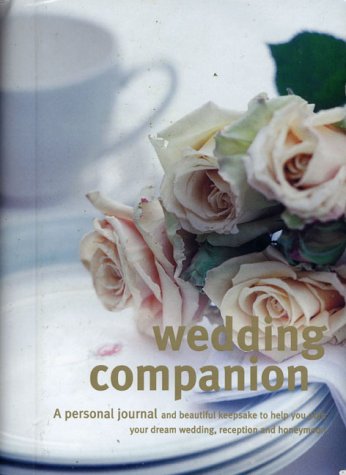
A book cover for Wedding Companion: A Personal Journal and Keepsake to Help You Plan Your Dream Wedding, Reception and Honeymoon; Crafts, Hobbies & Home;